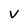
Character: V